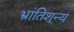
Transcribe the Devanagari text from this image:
भ्रांतिशून्य